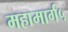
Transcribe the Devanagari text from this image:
महामार्ग५